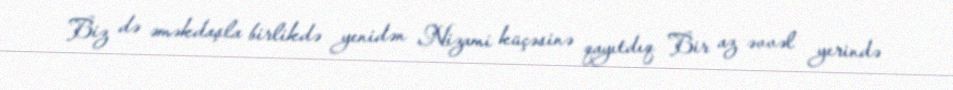
Biz də əməkdaşla birlikdə yenidən Nizami küçəsinə qayıtdıq Bir az əvvəl yerində